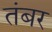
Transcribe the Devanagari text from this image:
तंबर